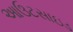
આઉટસાઇડ